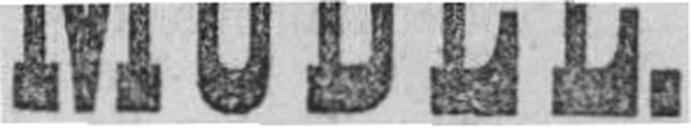
MÖBEL.